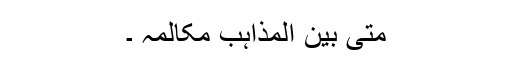
متی بین المذاہب مکالمہ ۔